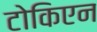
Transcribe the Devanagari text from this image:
टोकिएन